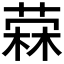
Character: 𰘓